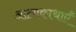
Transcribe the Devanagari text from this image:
आत्मकाथाएँ